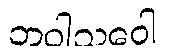
ဘဝါသဝေါ